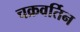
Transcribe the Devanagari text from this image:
चक्रवर्तिन